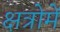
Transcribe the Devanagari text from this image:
क्षत्रोमें